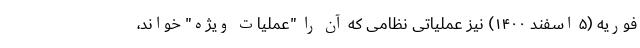
فوریه (۵ اسفند ۱۴۰۰) نیز عملیاتی نظامی که آن را "عملیات ویژه" خواند،